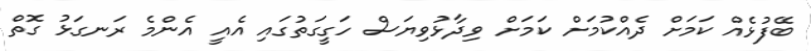
ބޭފުޅެއް ކަމަށް ދެއްކުމަށް ކަމަށް ވިދާޅުވިޔަސް ހަގީގަތުގައި އެއީ އެންމެ ރަނގަޅު ގޮތް